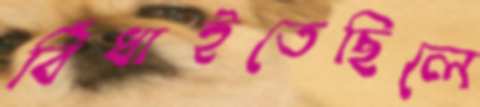
বিঁধাইতেছিলে